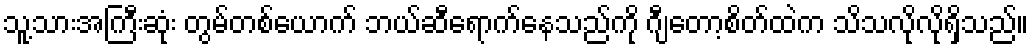
သူ့သားအကြီးဆုံး တွမ်တစ်ယောက် ဘယ်ဆီရောက်နေသည်ကို ဂျီတော့စိတ်ထဲက သိသလိုလိုရှိသည်။